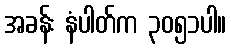
အခန်း နံပါတ်က ၃၀၅၁ပါ။